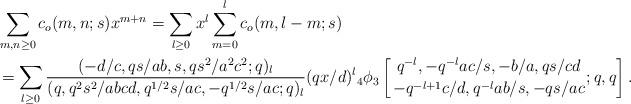
LaTeX: \begin{align*}&\sum_{m,n\geq 0}c_o(m,n;s)x^{m+n}=\sum_{l\geq 0} x^{l}\sum_{m=0}^l c_o(m,l-m;s)\\&=\sum_{l\geq 0} {(-d/c,qs/ab,s,qs^2/a^2c^2;q)_{l}\over (q,q^{2}s^2/abcd,q^{1/2}s/ac,-q^{1/2}s/ac;q)_{l}}(qx/d)^l {}_4\phi_3\left[{q^{-l},-q^{-l}ac/s,-b/a,qs/cd \atop -q^{-l+1}c/d,q^{-l}ab/s,-qs/ac};q,q\right]. \end{align*}